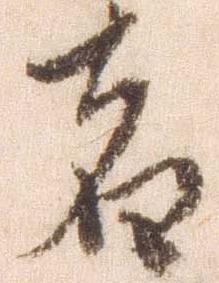
者